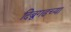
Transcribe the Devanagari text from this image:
दिब्रुगढच्या